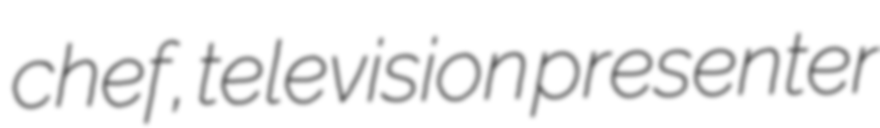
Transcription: chef, television presenter